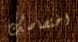
اختصاصك